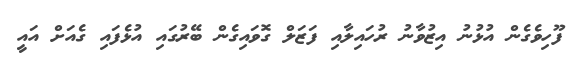
ފޫހިވެގެން އުޅުނު އިޒުވާނު ރުހައިލާއި ފަޒަލް ގޮވައިގެން ބޭރުގައި އުޅެފައި ގެއަށް އައީ